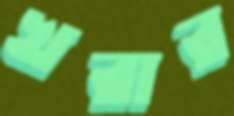
খরার